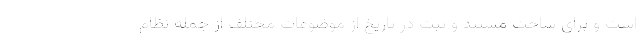
است و برای ساخت مستند و ثبت در تاریخ از موضوعات مختلف از جمله نظام